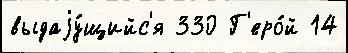
выдаjу́щийс'я 330 Г'еро́й 14